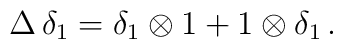
\Delta \, \delta_1 = \delta_1 \otimes 1 + 1 \otimes \delta_1 \, .